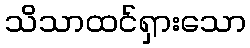
သိသာထင်ရှားသော